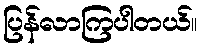
ပြန်လာကြပါတယ်။